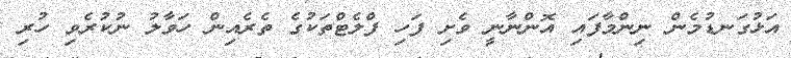
އަޅުގަނޑުމެން ނިންމާފައި އޮންނާނީ ވެށި ފަހި ފްލެޓްތަކުގެ ތެރެއިން ހަވާލު ނުކުރެވި ހުރި